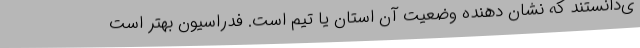
ی‌دانستند که نشان دهنده وضعیت آن استان یا تیم است. فدراسیون بهتر است